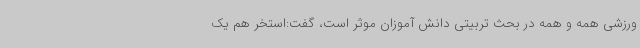
ورزشی همه و همه در بحث تربیتی دانش آموزان موثر است، گفت:استخر هم یک